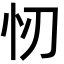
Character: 㣼